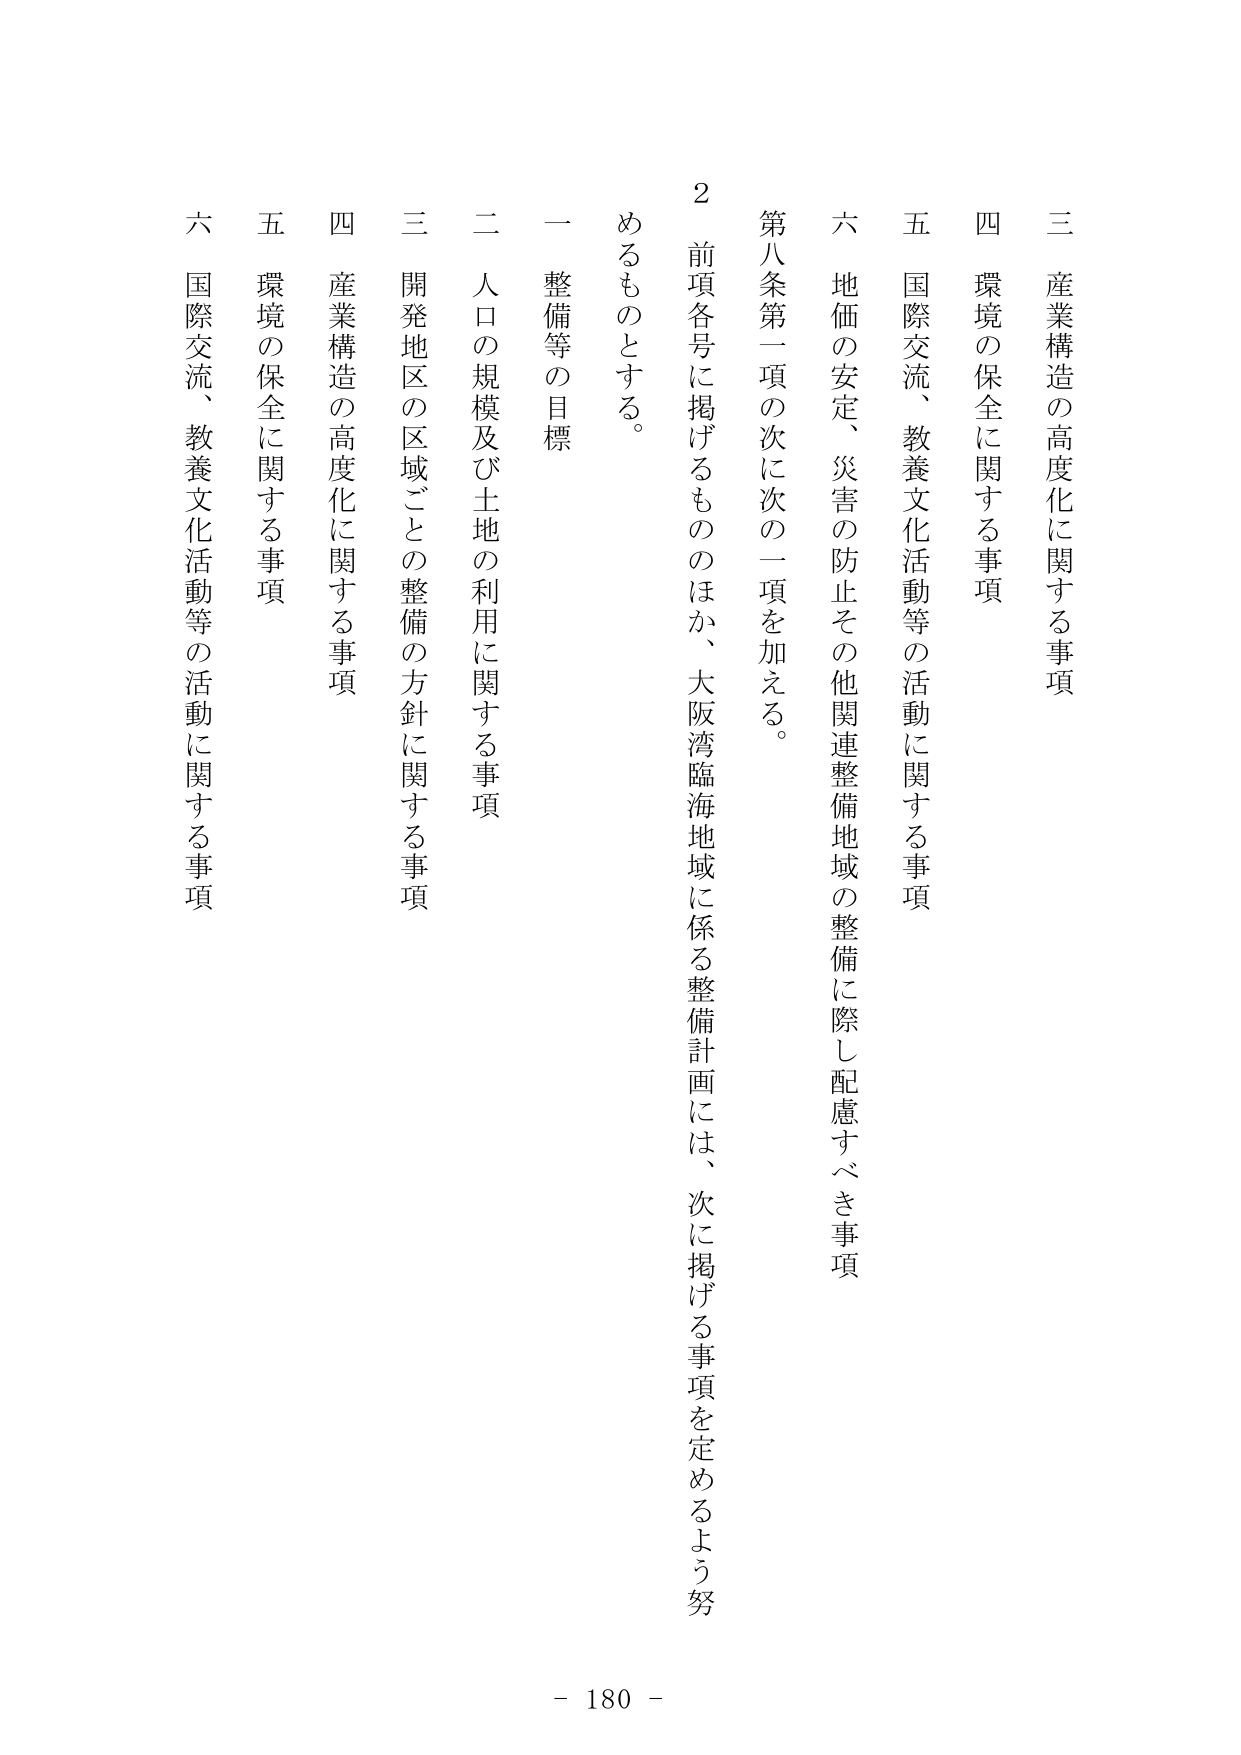
三 産業構造の高度化に関する事項
四 環境の保全に関する事項
五 国際交流、教養文化活動等の活動に関する事項
六 地価の安定、災害の防止その他関連整備地域の整備に際し配慮すべき事項

第八条第一項の次に次の一項を加える。
２ 前項各号に掲げるもののほか、大阪湾臨海地域に係る整備計画には、次に掲げる事項を定めるよう努めるものとする。

一 整備等の目標
二 人口の規模及び土地の利用に関する事項
三 開発地区の区域ごとの整備の方針に関する事項
四 産業構造の高度化に関する事項
五 環境の保全に関する事項
六 国際交流、教養文化活動等の活動に関する事項

- 180 -